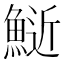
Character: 𫙧